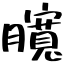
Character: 臗